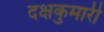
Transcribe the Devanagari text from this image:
दक्षकुमारी